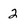
Character: 2